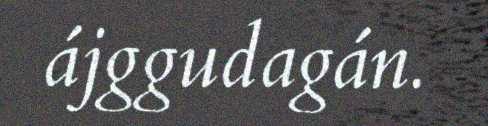
ájggudagán.